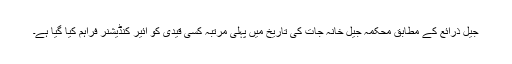
جیل ذرائع کے مطابق محکمہ جیل خانہ جات کی تاریخ میں پہلی مرتبہ کسی قیدی کو ائیر کنڈیشنر فراہم کیا گیا ہے۔